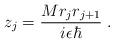
LaTeX: \begin{align*}z_{j}= \frac{M r_{j} r_{j+1}}{ i \epsilon \hbar}\; .\end{align*}